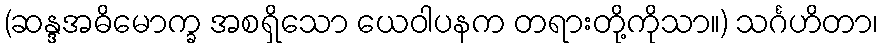
(ဆန္ဒအဓိမောက္ခ အစရှိသော ယေဝါပနက တရားတို့ကိုသာ။) သင်္ဂဟိတာ၊